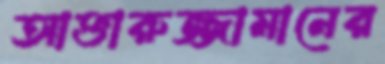
আক্তারুজ্জামানের